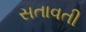
સતાવતી